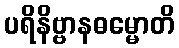
ပရိနိဗ္ဗာနဓမ္မောတိ